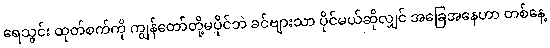
ရေသွင်း ထုတ်စက်ကို ကျွန်တော်တို့မပိုင်ဘဲ ခင်ဗျားသာ ပိုင်မယ်ဆိုလျှင် အခြေအနေဟာ တစ်နေ့